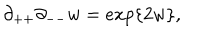
LaTeX: \partial _ { + + } \partial _ { -- } w = e x p \{ 2 w \} ,